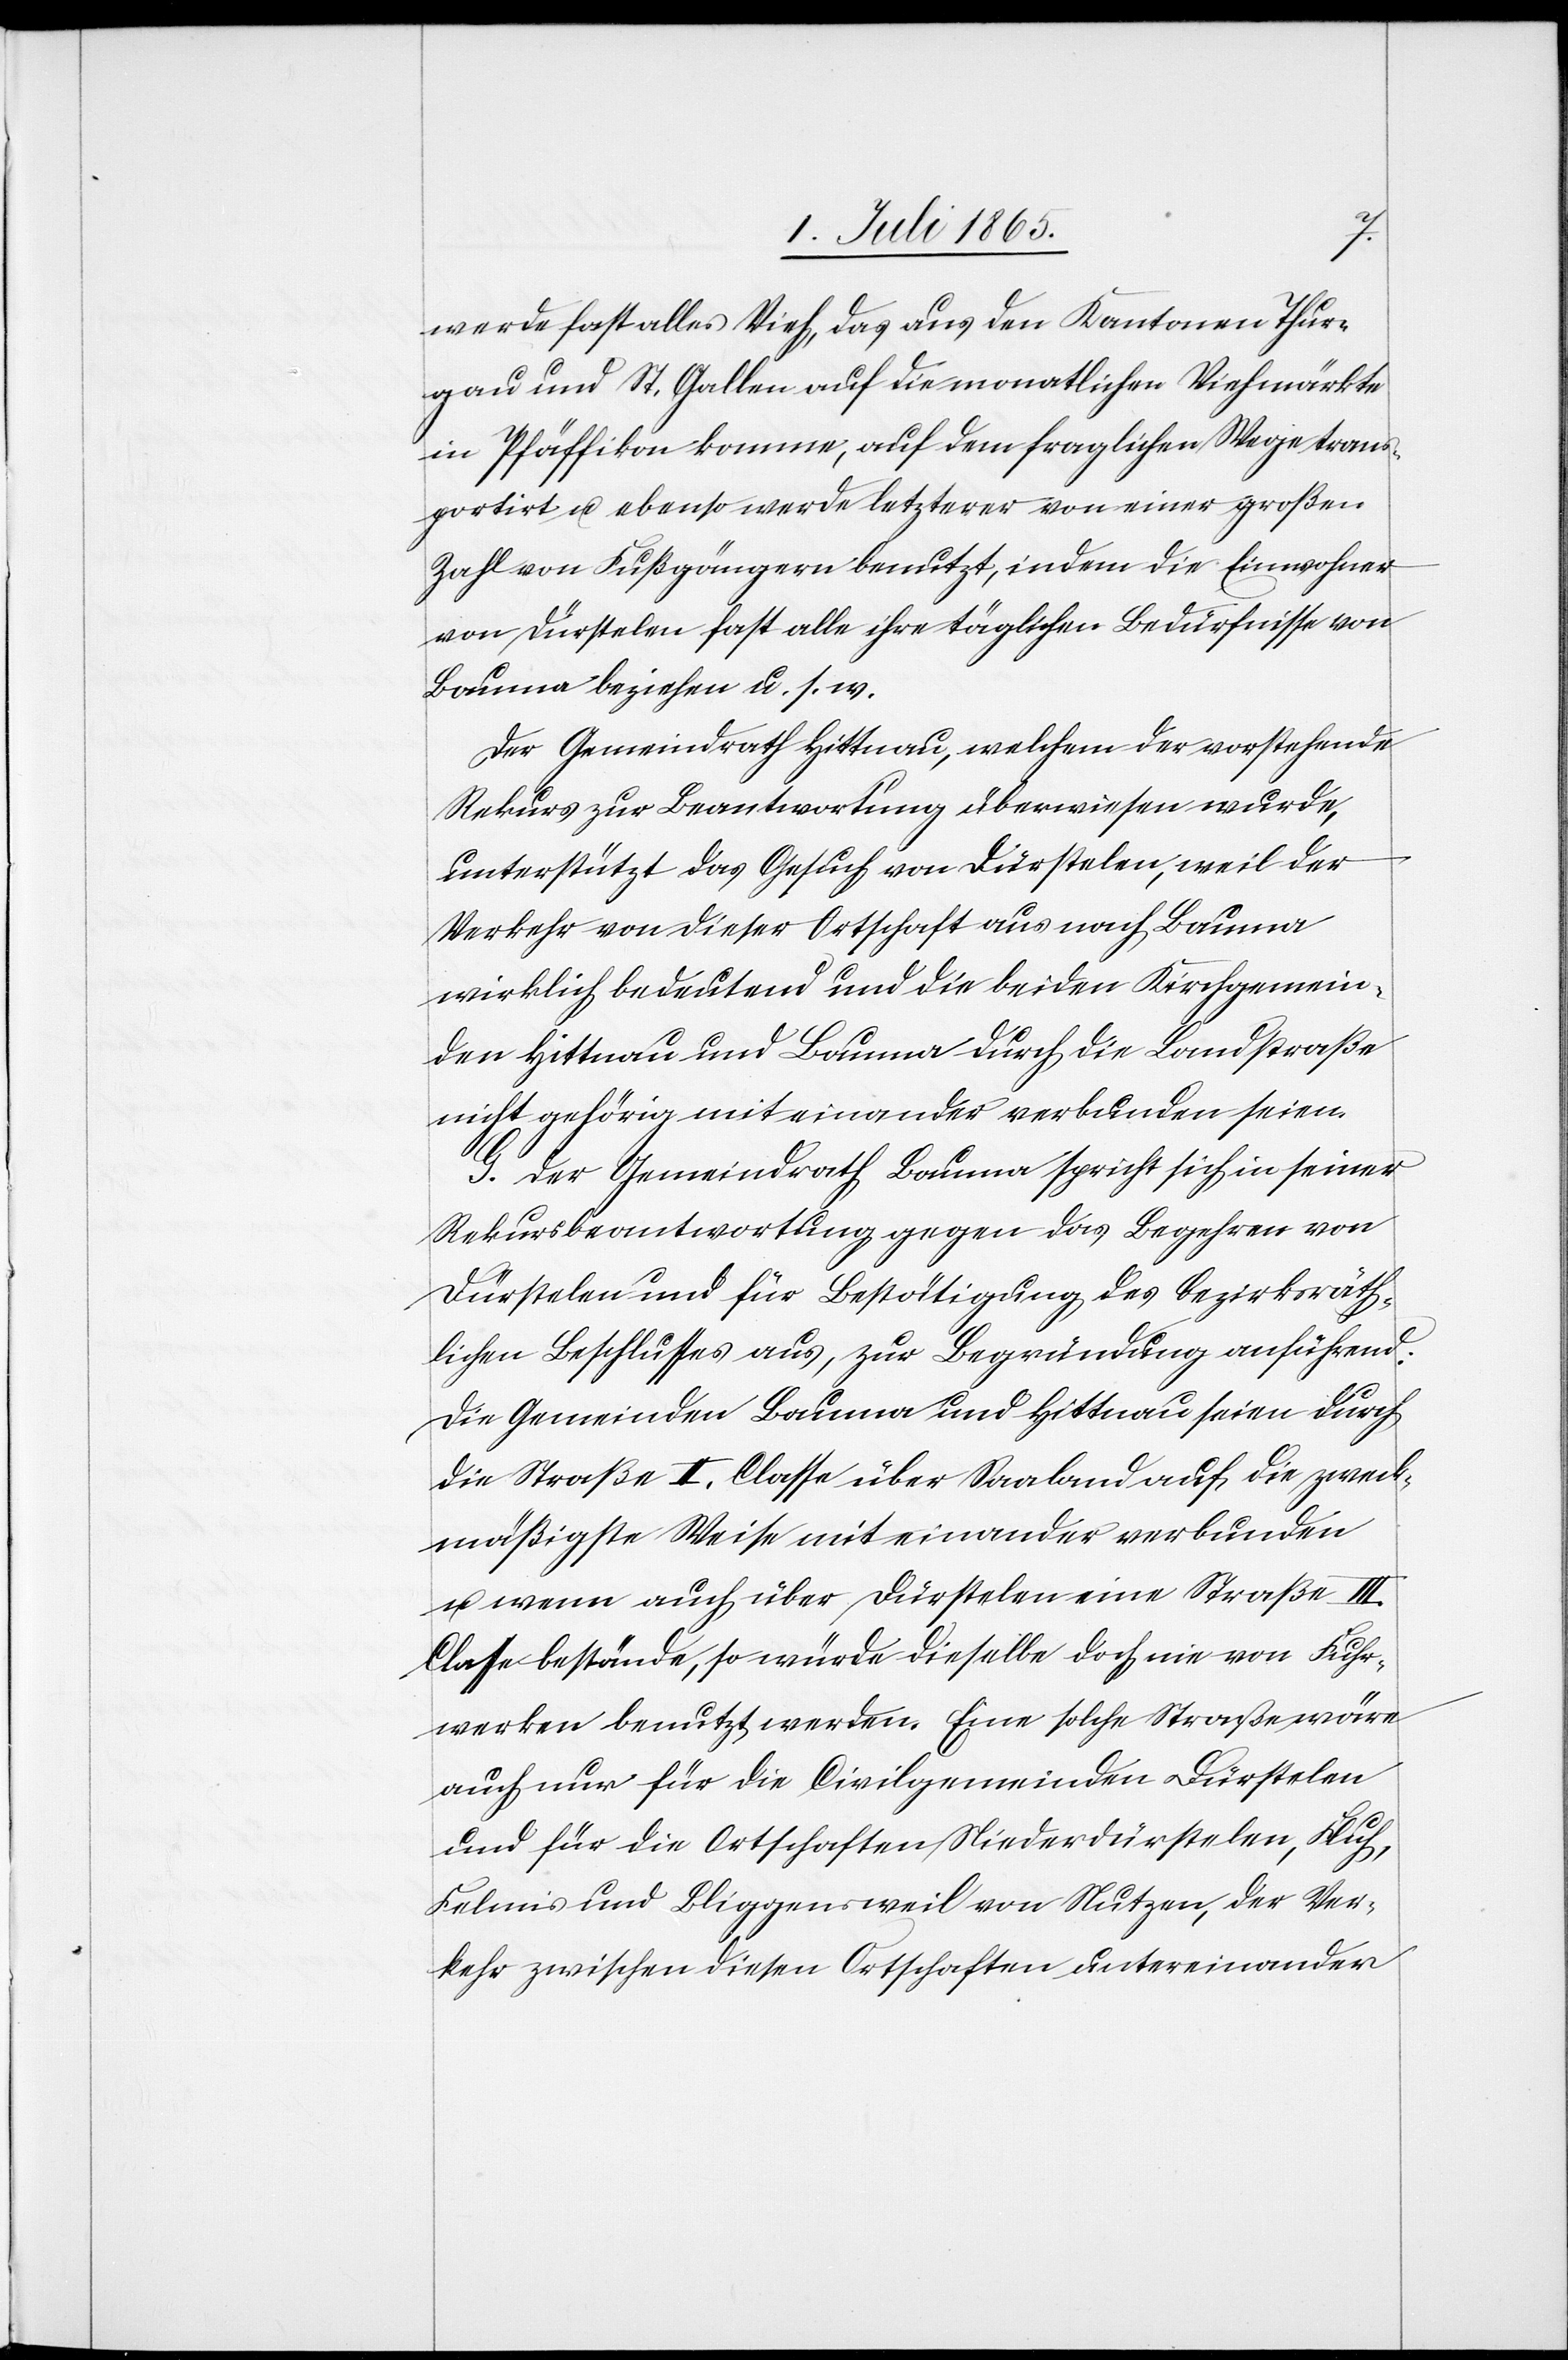
werde fast alles Vieh, das aus den Kantonen Thur¬
gau und St. Gallen auf die monatlichen Viehmärkte
in Pfäffikon komme, auf dem fraglichen Wege trans¬
portirt u. ebenso werde letzterer von einer großen
Zahl von Fußgängern benutzt, indem die Einwohner
von Dürstelen fast alle ihre täglichen Bedürfnisse von
Bauma beziehen u. s. w.
Der Gemeindrath Hittnau, welchem der vorstehende
Rekurs zur Beantwortung überwiesen wurde,
unterstützt das Gesuch von Dürstelen, weil der
Verkehr von dieser Ortschaft aus nach Bauma
wirklich bedeutend und die beiden Kirchgemein¬
den Hittnau und Bauma durch die Landstraße
gehörig mit einander verbunden seien.
G. Der Gemeindrath Bauma spricht sich in seiner
Rekursbeantwortung gegen das Begehren von
Dürstelen und für Bestätigung des bezirksrät¬
lichen Beschlusses aus, zur Begründung anführend:
Die Gemeinden Bauma und Hittnau seien durch
die Straße II. Classe über Saaland auf die zweck¬
mäßigste Weise miteinander verbunden
u. wenn auch über Dürstelen eine Straße III.
Classe bestände, so würde dieselbe doch nie von Fuhr¬
werken benutzt werden. Eine solche Straße wäre
auch nur für die Civilgemeinden Dürstelen
und für die Ortschaften Niederdürstelen, Fluh,
Felmis und Bliggensweil von Nutzen, der Ver¬
kehr zwischen diesen Ortschaften untereinander